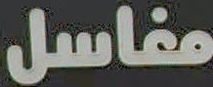
مغاسل